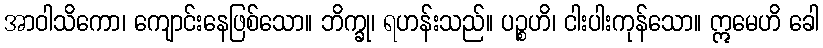
အာဝါသိကော၊ ကျောင်းနေဖြစ်သော။ ဘိက္ခု၊ ရဟန်းသည်။ ပဉ္စဟိ၊ ငါးပါးကုန်သော။ ဣမေဟိ ခေါ